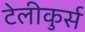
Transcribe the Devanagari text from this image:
टेलीकुर्स